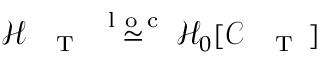
\mathcal { H } _ { \mathrm { ~ \tiny ~ \textnormal ~ { ~ T ~ } ~ } } \stackrel { \mathrm { ~ l ~ o ~ c ~ } } { \simeq } \mathcal { H } _ { 0 } [ \mathcal { C } _ { \mathrm { ~ \tiny ~ \textnormal ~ { ~ T ~ } ~ } } ]